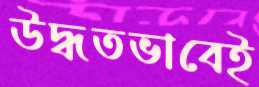
উদ্ধতভাবেই